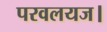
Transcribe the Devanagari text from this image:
परवलयज।